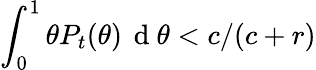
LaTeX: \int_{0}^{1}\theta P_{t}(\theta)\, \mathrm{~d~}\theta<c/(c+r)